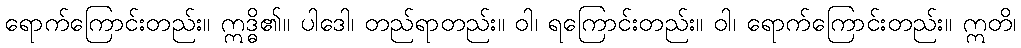
ရောက်ကြောင်းတည်း။ ဣဒ္ဓိ၏။ ပါဒေါ၊ တည်ရာတည်း။ ဝါ၊ ရကြောင်းတည်း။ ဝါ၊ ရောက်ကြောင်းတည်း။ ဣတိ၊